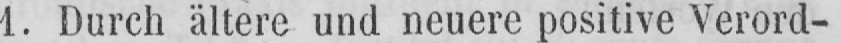
1. Durch ältere und neuere positive Verord-